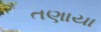
તણાયા